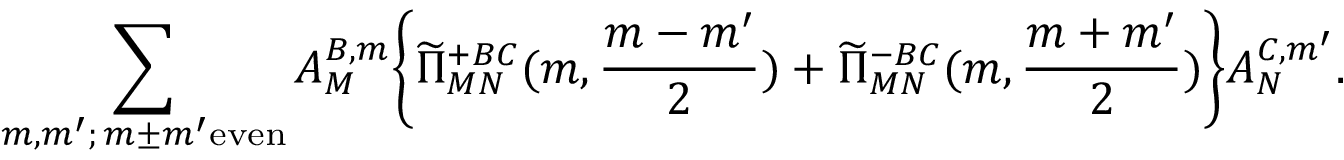
\sum _ { m , m ^ { \prime } ; \, m \pm m ^ { \prime } \mathrm { e v e n } } A _ { M } ^ { B , m } \biggl \{ \widetilde \Pi _ { M N } ^ { + B C } ( m , \frac { m - m ^ { \prime } } { 2 } ) + \widetilde \Pi _ { M N } ^ { - B C } ( m , \frac { m + m ^ { \prime } } { 2 } ) \biggr \} A _ { N } ^ { C , m ^ { \prime } } .